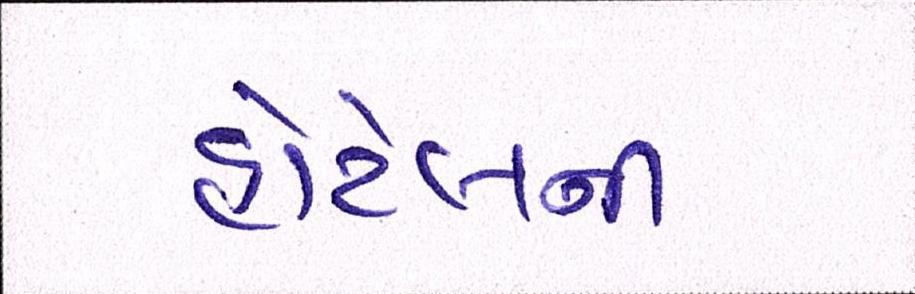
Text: હોટેલની